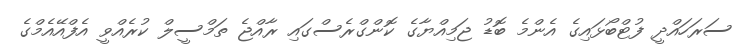
ސަރަހައްދީ ފުޓްބޯޅައިގެ އެންމެ ބޮޑު ޖަމިއްޔާގެ ކޮންގްރެސްގައި ރާއްޖެ ތަމްސީލް ކުރެއްވީ އެފްއޭއެމްގެ